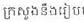
ក្រសួងនឺងរៀប